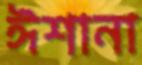
ঈশানা